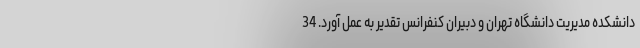
دانشکده مدیریت دانشگاه تهران و دبیران کنفرانس تقدیر به عمل آورد. 34